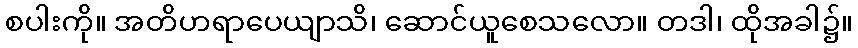
စပါးကို။ အတိဟရာပေယျာသိ၊ ဆောင်ယူစေသလော။ တဒါ၊ ထိုအခါ၌။